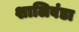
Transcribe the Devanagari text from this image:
शालिबंडा